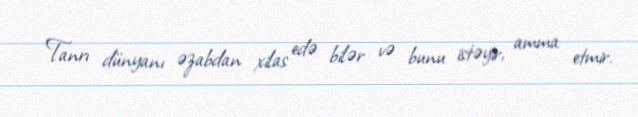
Tanrı dünyanı əzabdan xilas edə bilər və bunu istəyir, amma etmir.